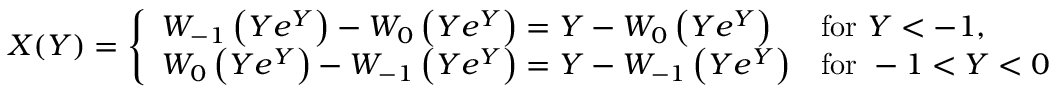
X ( Y ) = { \left\{ \begin{array} { l l } { W _ { - 1 } \left( Y e ^ { Y } \right) - W _ { 0 } \left( Y e ^ { Y } \right) = Y - W _ { 0 } \left( Y e ^ { Y } \right) } & { { \mathrm { f o r ~ } } Y < - 1 , } \\ { W _ { 0 } \left( Y e ^ { Y } \right) - W _ { - 1 } \left( Y e ^ { Y } \right) = Y - W _ { - 1 } \left( Y e ^ { Y } \right) } & { { \mathrm { f o r ~ } } - 1 < Y < 0 . } \end{array} \right. }